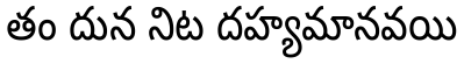
తం దున నిట దహ్యమానవయి